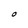
Character: O